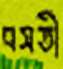
বসতী